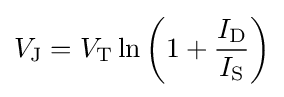
V_{\text{J}}=V_{\text{T}}\ln \left(1+{\frac {I_{\text{D}}}{I_{\text{S}}}}\right)